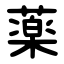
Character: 薬